Lunatic asylums in Bengal annual reports 1899-1911 - 1899-1911
Year: 1899
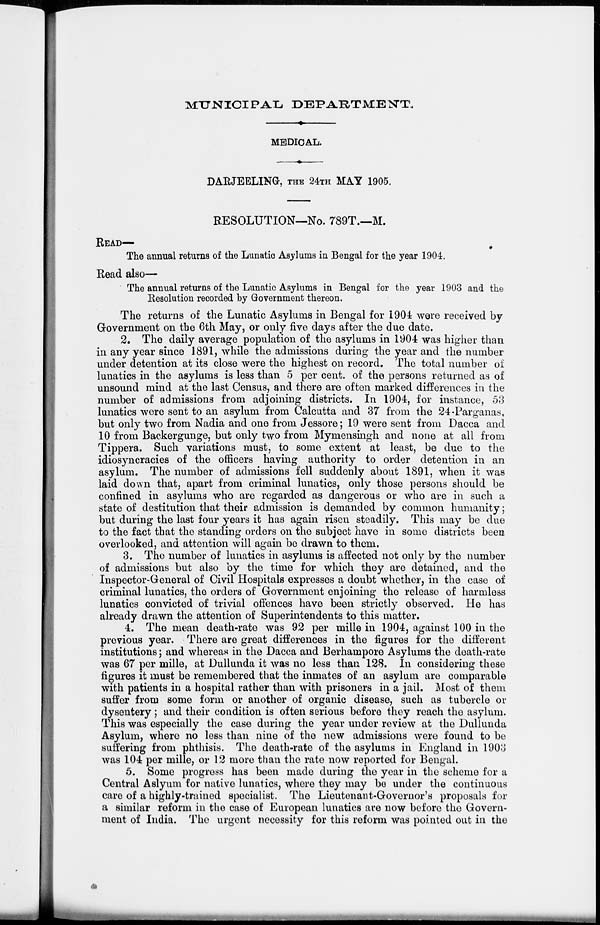
MUNICIPAL DEPARTMENT.
MEDICAL.
DARJEELING, THE 24TH MAY 1905.
RESOLUTION—No. 789T.—M.
READ—
The annual returns of the Lunatic Asylums in Bengal for the year 1904.
Read also—
The annual returns of the Lunatic Asylums in Bengal for the year 1903 and the
Resolution recorded by Government thereon.
The returns of the Lunatic Asylums in Bengal for 1904 were received by
Government on the 6th May, or only five days after the due date.
2. The daily average population of the asylums in 1904 was higher than
in any year since 1891, while the admissions during the year and the number
under detention at its close were the highest on record. The total number of
lunatics in the asylums is less than 5 per cent. of the persons returned as of
unsound mind at the last Census, and there are often marked differences in the
number of admissions from adjoining districts. In 1904, for instance, 53
lunatics were sent to an asylum from Calcutta and 37 from the 24-Parganas,
but only two from Nadia and one from Jessore; 19 were sent from Dacca and
10 from Backergunge, but only two from Mymensingh and none at all from
Tippera. Such variations must, to some extent at least, be due to the
idiosyncracies of the officers having authority to order detention in an
asylum. The number of admissions fell suddenly about 1891, when it was
laid down that, apart from criminal lunatics, only those persons should be
confined in asylums who are regarded as dangerous or who are in such a
state of destitution that their admission is demanded by common humanity;
but during the last four years it has again risen steadily. This may be due
to the fact that the standing orders on the subject have in some districts been
overlooked, and attention will again be drawn to them.
3. The number of lunatics in asylums is affected not only by the number
of admissions but also by the time for which they are detained, and the
Inspector-General of Civil Hospitals expresses a doubt whether, in the case of
criminal lunatics, the orders of Government enjoining the release of harmless
lunatics convicted of trivial offences have been strictly observed. He has
already drawn the attention of Superintendents to this matter.
4. The mean death-rate was 92 per mille in 1904, against 100 in the
previous year. There are great differences in the figures for the different
institutions; and whereas in the Dacca and Berhampore Asylums the death-rate
was 67 per mille, at Dullunda it was no less than 128. In considering these
figures it must be remembered that the inmates of an asylum are comparable
with patients in a hospital rather than with prisoners in a jail. Most of them
suffer from some form or another of organic disease, such as tubercle or
dysentery; and their condition is often serious before they reach the asylum.
This was especially the case during the year under review at the Dullunda
Asylum, where no less than nine of the new admissions were found to be
suffering from phthisis. The death-rate of the asylums in England in 1903
was 104 per mille, or 12 more than the rate now reported for Bengal.
5. Some progress has been made during the year in the scheme for a
Central Aslyum for native lunatics, where they may be under the continuous
care of a highly-trained specialist. The Lieutenant-Governor's proposals for
a similar reform in the case of European lunatics are now before the Govern-
ment of India. The urgent necessity for this reform was pointed out in the